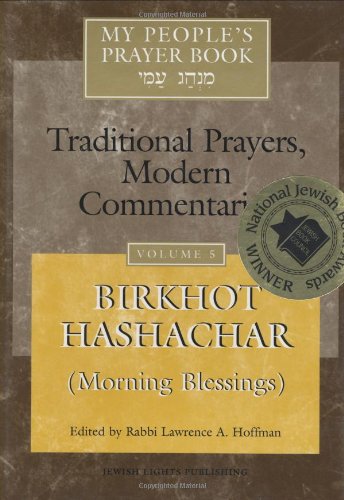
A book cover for My People's Prayer Book, Vol. 5 : 'Birkhot Hashachar' (Morning Blessings) Traditional Prayers, Modern Commentaries; Religion & Spirituality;